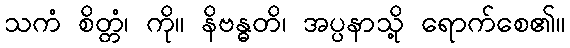
သကံ စိတ္တံ၊ ကို။ နိဗန္ဓတိ၊ အပ္ပနာသို့ ရောက်စေ၏။